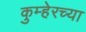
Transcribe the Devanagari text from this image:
कुम्हेरच्या